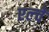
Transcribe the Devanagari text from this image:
एल्चे